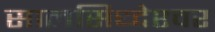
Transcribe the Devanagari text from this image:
सालसिध्‍देश्‍वर